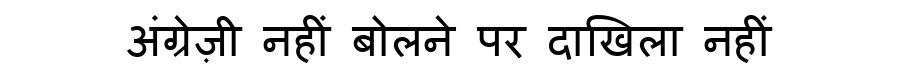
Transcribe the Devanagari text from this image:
अंग्रेज़ी नहीं बोलने पर दाखिला नहीं